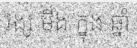
វង្ស មីង ក្នុង ឆ្នាំ